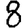
Digit: 8